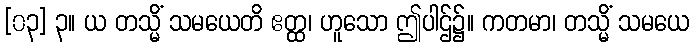
[၀၃] ၃။ ယ တသ္မိံ သမယေတိ ဧတ္ထ၊ ဟူသော ဤပါဌ်၌။ ကတမာ၊ တသ္မိံ သမယေ